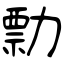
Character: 勡